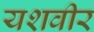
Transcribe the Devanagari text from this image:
यशवीर